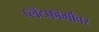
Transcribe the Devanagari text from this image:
प्लॅटफॉर्मांवर